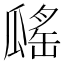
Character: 𤬔